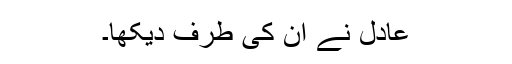
عادل نے اُن کی طرف دیکھا۔